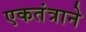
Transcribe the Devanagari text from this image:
एकतंत्राने